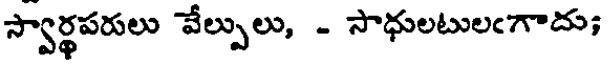
స్వార్థపరులు వేల్పులు, - సాధులటులఁగాదు;